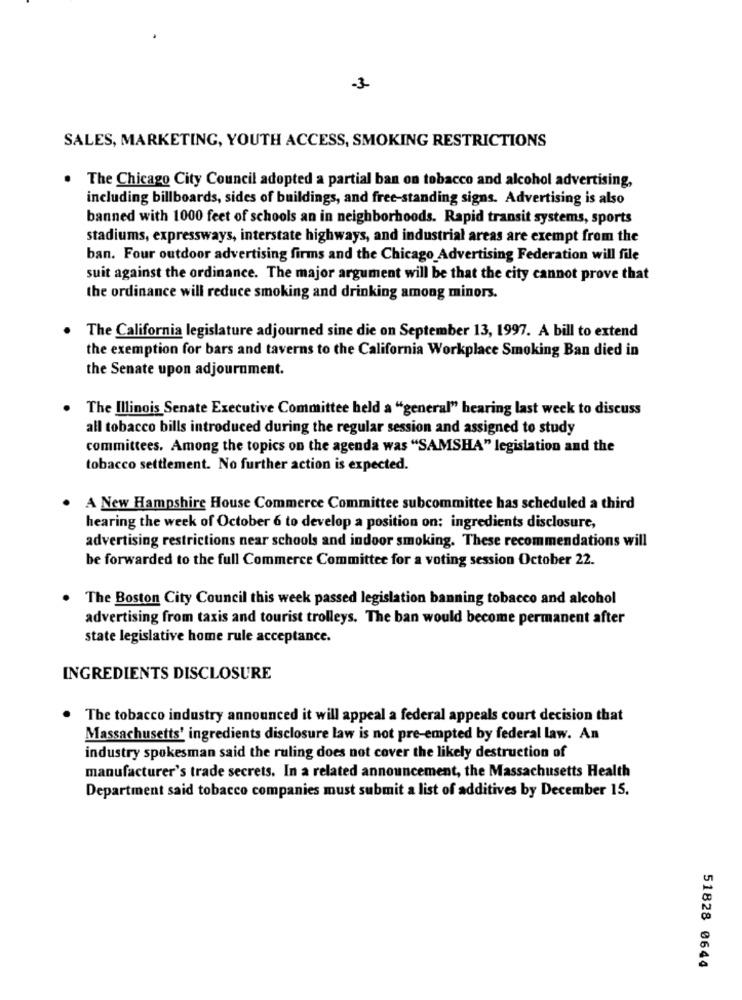
-3-
SALES, MARKETING, YOUTH ACCESS, SMOKING RESTRICTIONS
. The Chicago City Council adopted a partial ban on tobacco and alcohol advertising,
including billboards, sides of buildings, and free-standing signs. Advertising is also
banned with 1000 feet of schools an in neighborhoods. Rapid transit systems, sports
stadiums, expressways, interstate highways, and industrial areas are exempt from the
ban. Four outdoor advertising firms and the Chicago Advertising Federation will file
suit against the ordinance. The major argument will be that the city cannot prove that
the ordinance will reduce smoking and drinking among minors.
The California legislature adjourned sine die on September 13, 1997. A bill to extend
the exemption for bars and taverns to the California Workplace Smoking Ban died in
the Senate upon adjournment.
The Illinois Senate Executive Committee held a "general" hearing last week to discuss
all tobacco bills introduced during the regular session and assigned to study
committees. Among the topics on the agenda was "SAMSHA" legislation and the
tobacco settlement. No further action is expected.
A New Hampshire House Commerce Committee subcommittee has scheduled a third
hearing the week of October 6 to develop a position on: ingredients disclosure,
advertising restrictions near schools and indoor smoking. These recommendations will
be forwarded to the full Commerce Committee for a voting session October 22.
The Boston City Council this week passed legislation banning tobacco and alcohol
advertising from taxis and tourist trolleys. The ban would become permanent after
state legislative home rule acceptance.
INGREDIENTS DISCLOSURE
The tobacco industry announced it will appeal a federal appeals court decision that
Massachusetts' ingredients disclosure law is not pre-empted by federal law. An
industry spokesman said the ruling does not cover the likely destruction of
manufacturer's trade secrets. In a related announcement, the Massachusetts Health
Department said tobacco companies must submit a list of additives by December 15.
51828 0644